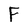
Character: F